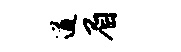
遒眉